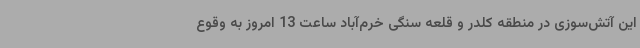
این آتش‌سوزی در منطقه کلدر و قلعه سنگی خرم‌آباد ساعت 13 امروز به وقوع